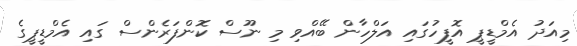
މިއަދު އެމްޑީޕީ އޮފީހުގައި އަލްހާން ބޭއްވި މި ނޫސް ކޮންފަރެންސް ގައި އެމްޑީޕީގެ